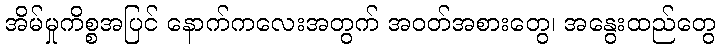
အိမ်မှုကိစ္စအပြင် နောက်ကလေးအတွက် အဝတ်အစားတွေ၊ အနွေးထည်တွေ